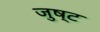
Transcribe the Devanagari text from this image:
जुष्ट